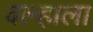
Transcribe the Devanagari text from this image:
वल्हाला